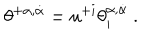
\theta ^ { + \alpha , \dot { \alpha } } = u ^ { + i } \theta _ { i } ^ { \alpha , \dot { \alpha } } \ .